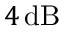
4 \, \mathrm { d B }